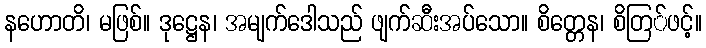
နဟောတိ၊ မဖြစ်။ ဒုဋ္ဌေန၊ အမျက်ဒေါသည် ဖျက်ဆီးအပ်သော။ စိတ္တေန၊ စိတြ်ဖင့်။